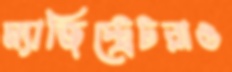
ম্যাজিস্ট্রেটরাও